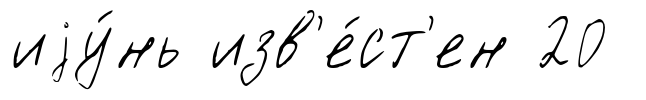
иjу́нь изв'е́ст'ен 20